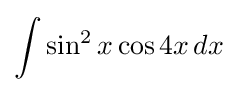
\int \sin ^{2}x\cos 4x\,dx